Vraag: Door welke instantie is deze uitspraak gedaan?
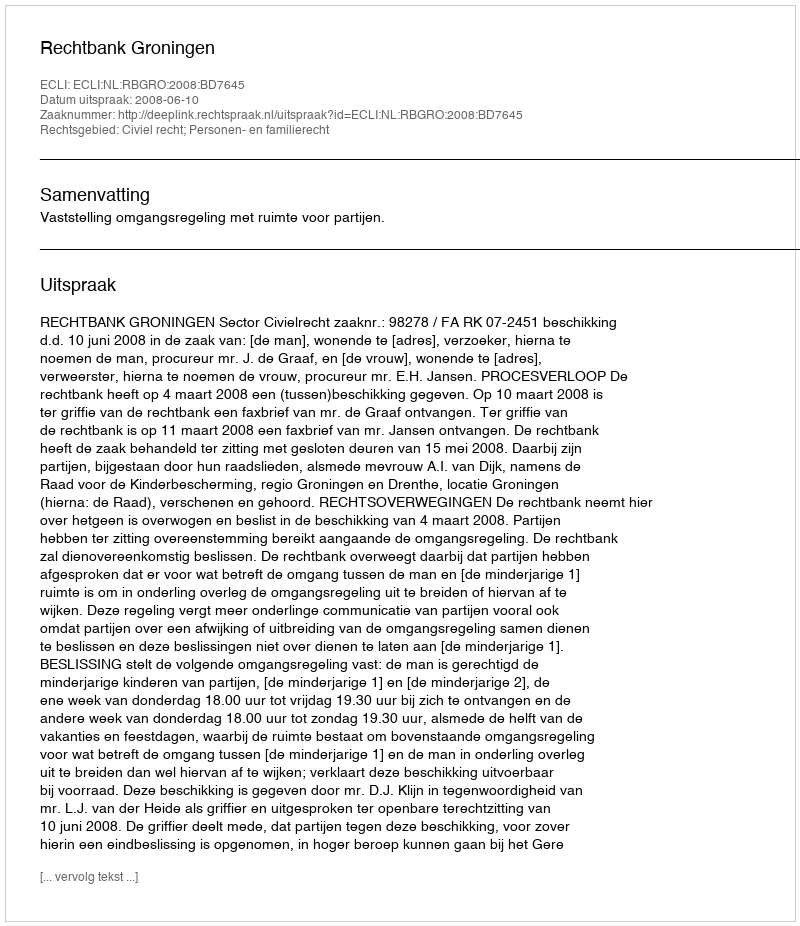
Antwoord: Rechtbank Groningen